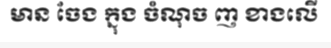
មាន ចែង ក្នុង ចំណុច ញ ខាងលើ